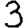
Digit: 3